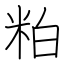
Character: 粕